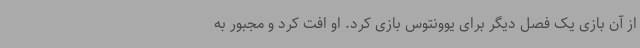
از آن بازی یک فصل دیگر برای یوونتوس بازی کرد. او افت کرد و مجبور به